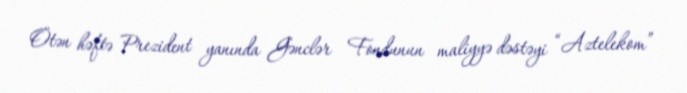
Ötən həftə Prezident yanında Gənclər Fondunun maliyyə dəstəyi “Aztelekom”